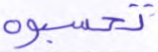
تحسبوه